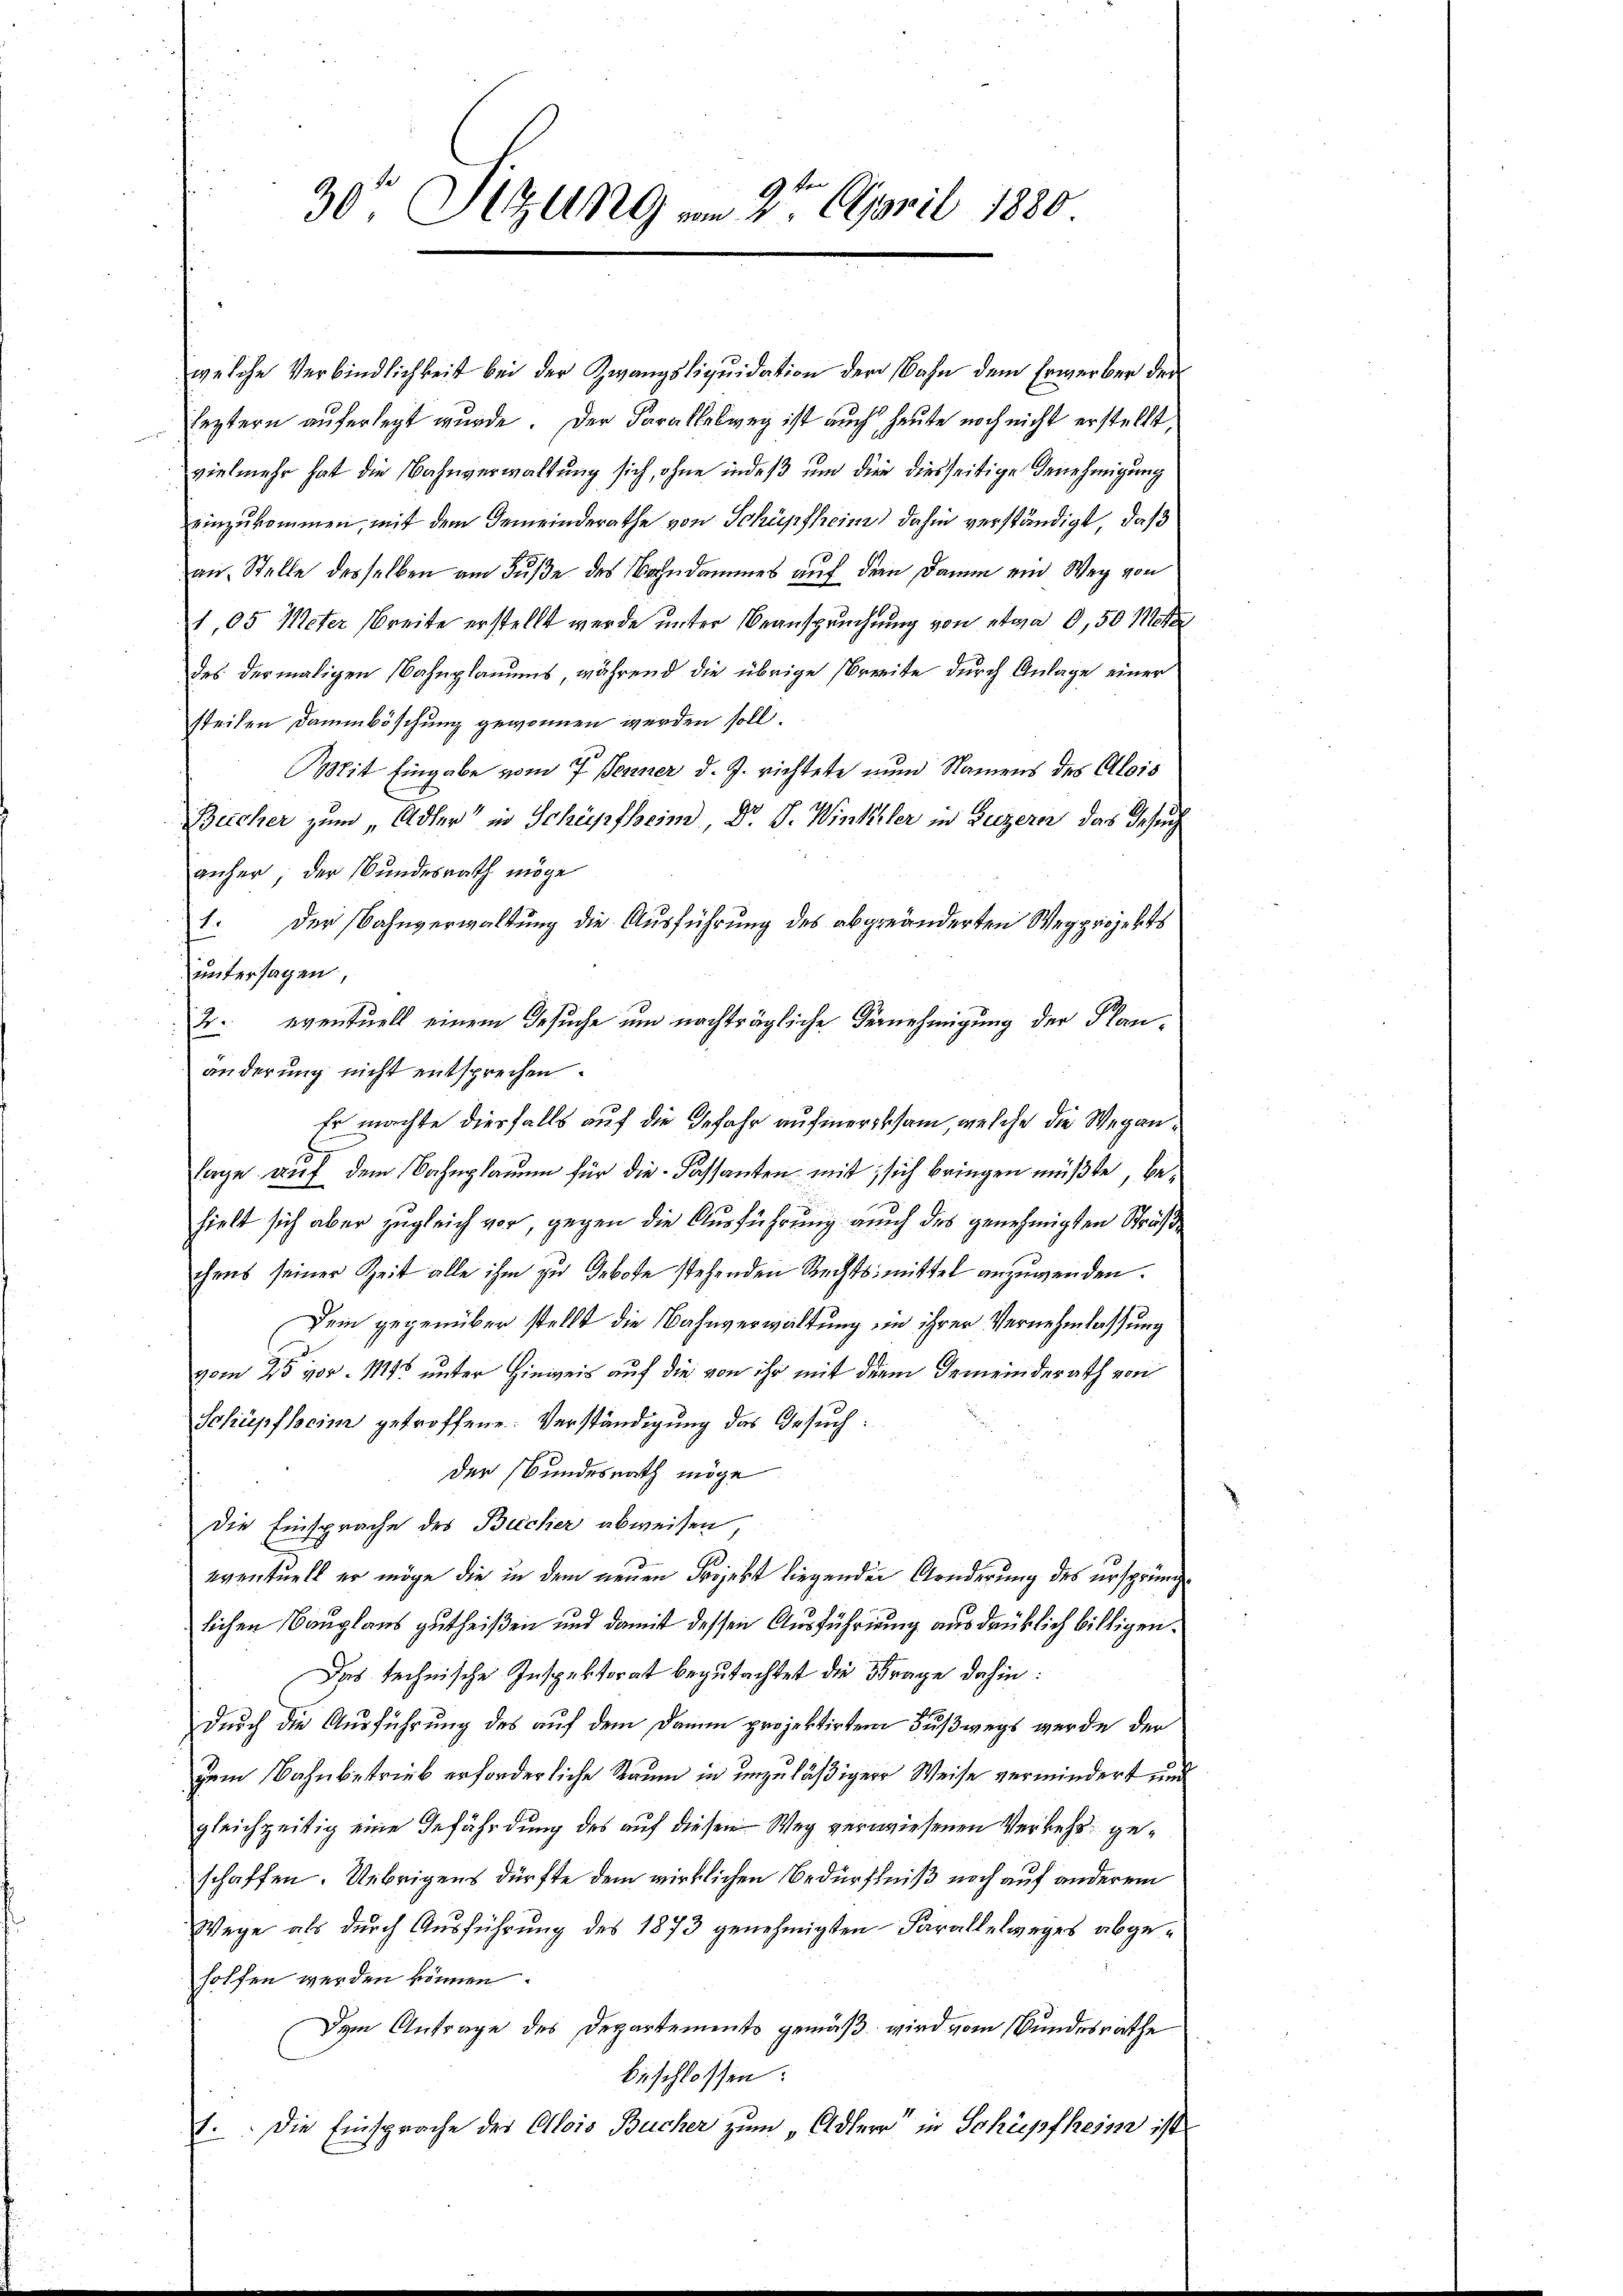
30te Sitzung vom 2te April 1880.

welche Verbindlichkeit bei der Zwangsliquidation der Bahn dem Erwerber der
leztern auferlegt wurde. Der Farallalweg ist auch heute noch nicht erstellt,
vielmehr hat die Bahnverwaltung sich, ohne indeß um die diesseitige Benehmigung
einzukommen, mit dem Gemeinderathe von Schüpfheim) dahin verständigt, daß
an. Stelle desselben am Fuße des Bahndammes auf die Damm ein Weg von
1,05 Meter Breite erstellt werde unter Beanspruchung von etwa 0,50 Metz
des dermaligen Nahnplanums, während die übrige Breite durch Anlage einer
steilen Dammböschung gewonnen werden soll.
Mit Eingabe vom 7. Jenner d. J. richtete nun Namens des Alois
Bucher zum Adler“ in Scheyfheim, Dr. J. Winkler in Luzern das Gesuch
anher der Bundesrath möge
 Der Bahnverwaltung die Ausführung des abgeänderten Weg projekts
untersagen,
2 eventuell einem Gesuche um nachträgliche Vernehmigung der Planänderung nicht entsprechen.
Er machte diesfalls auf die Gefahr aufmerksam, welche die Wegan¬
8
sage auf dem Bahnplaume für die Fassanten mit, sich bringen müßte, behielt sich aber zugleich vor, gegen die Ausführung auch des genehmigten Sträßchens seiner Zeit alle ihm zu Gebote stehenden Rechtsmittel anzuwenden.
Dem gegenüber stellt die Bahnverwaltung ein ihrer Vernehmlassung
vom 25 vor 115 unter Hinweis auf die von ihr mit der Gemeinderath von
Schüpfheim getroffene Verständigung das Gesuch:
der Bundesrath möge
Die Einsprache des Bucher abweisen,
eventuell er möge die in dem neuen Projekt liegenden Anderung des ursprüng
lichen Bauglaus zutheißen und damit dessen Ausführung ausdrüklich billigen.
Das technische Inspektorat begutachtet die Frage dahin:
durch die Ausführung des auf dem Damm projektirtem Fußwegs werde der
zem Bahnbetrieb erforderliche Raum in unzuläßiger Weise vermindert und
gleichzeitig eine Gefährdung des auf diesen Weg verwiesenen Verkehr geschaffen. Uebrigens dürfte dem wirklichen Bedürfniß noch auf anderem
Wege als durch Ausführung des 1873 genehmigten Parallelweges abgeholfen werden können.
Dem Antrage des Departements gemäß wird vom Bundesrathe
beschlossen:
1. Die Einsprache des Alois Bucher zum „Adlere in Schüpfheim ist